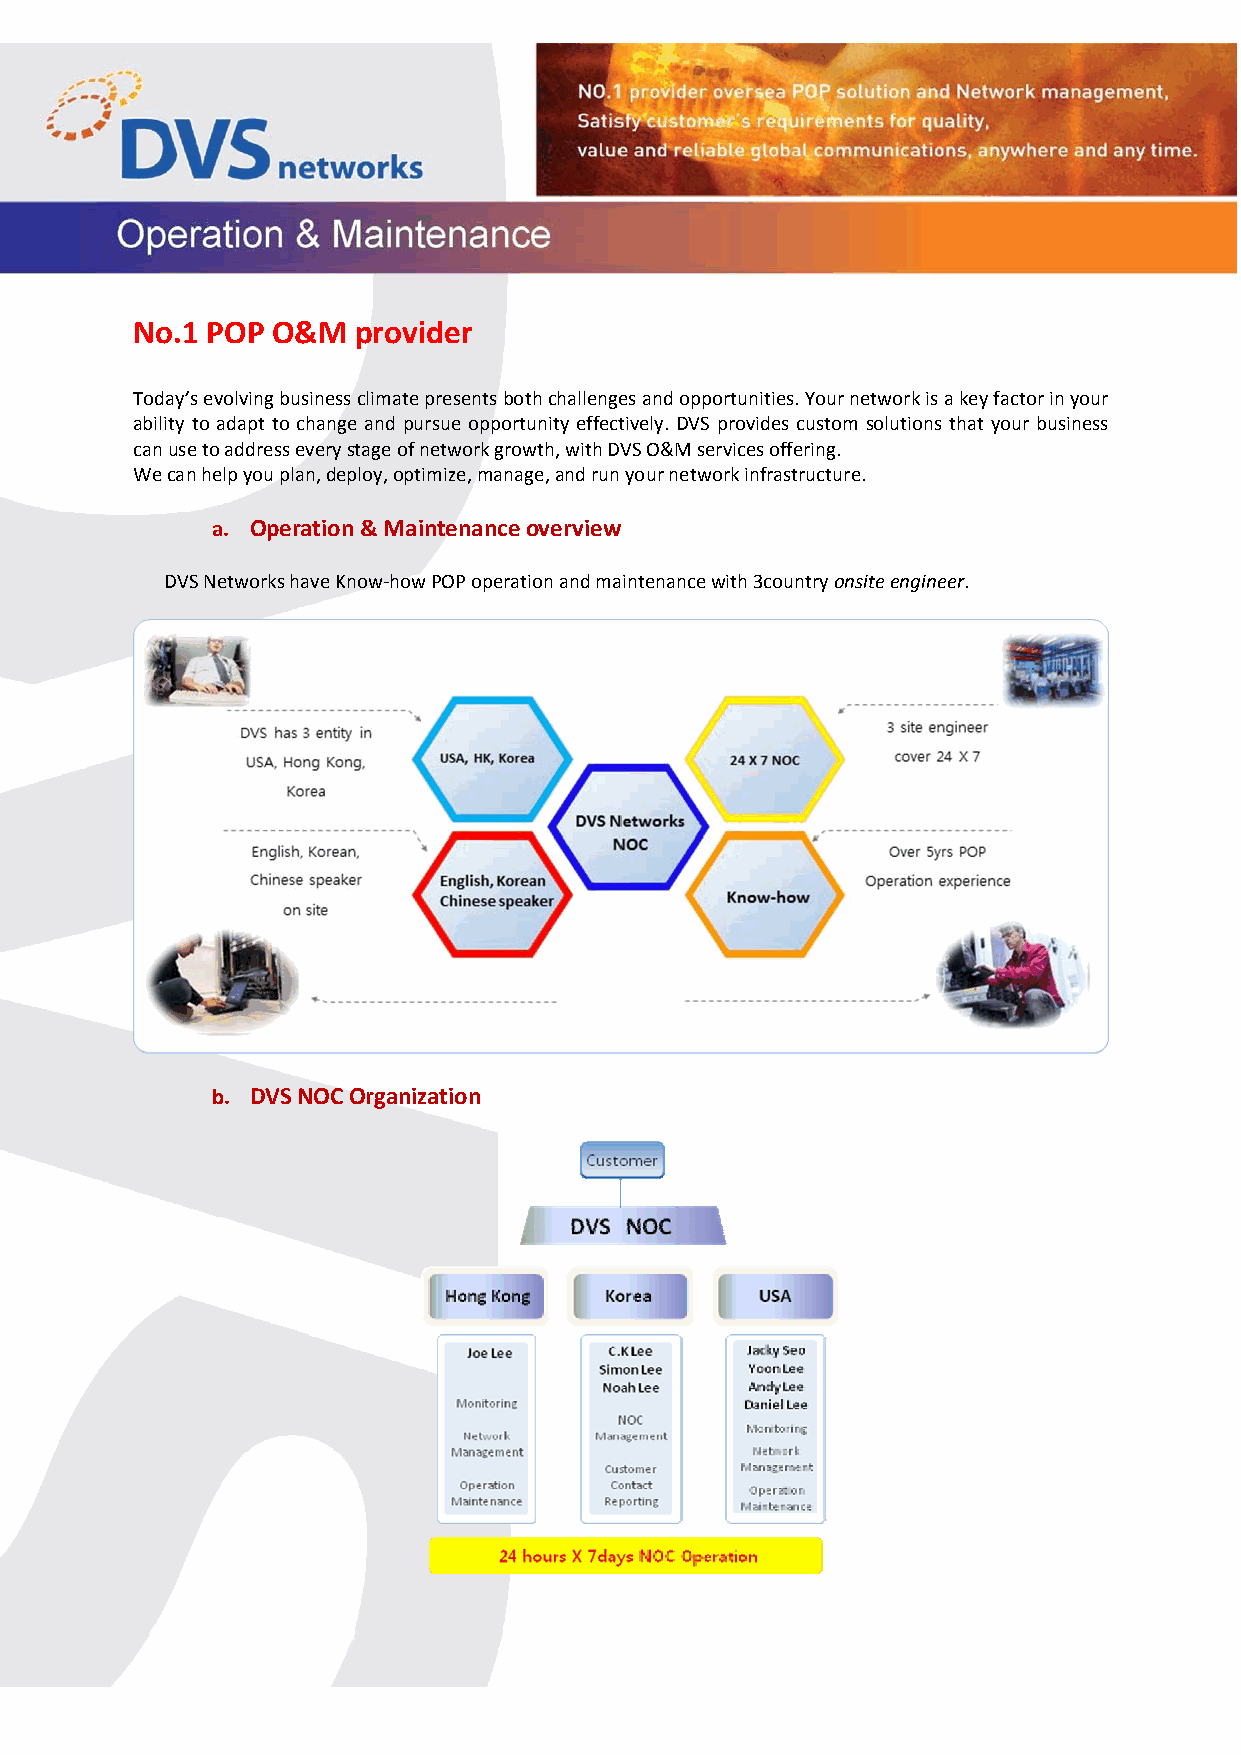
No.1 POP O&M  provider
 Today’s evolving business climate presents both challenges and opportunities. Your network is a key factor in your
 ability to adapt to change and pursue opportunity effectively. DVS provides custom solutions that your business
 can use to address every stage of network growth, with DVS O&M services offering.
 We can help you plan, deploy, optimize, manage, and run your network infrastructure.
 a. Operation & Maintenance overview
 DVS Networks have Know‐how POP operation and maintenance with 3country onsite engineer.
 b. DVS NOC Organization